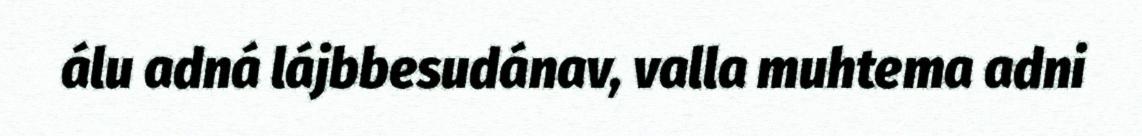
álu adná lájbbesudánav, valla muhtema adni